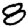
Digit: 8